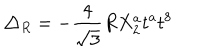
\triangle _ { R } = - \frac { 4 } { \sqrt { 3 } } R X _ { 2 } ^ { a } t ^ { a } t ^ { 8 }